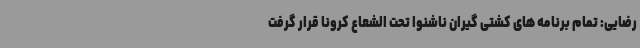
رضایی: تمام برنامه های کشتی گیران ناشنوا تحت الشعاع کرونا قرار گرفت